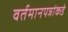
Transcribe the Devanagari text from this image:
वर्तमानपत्रांकडे